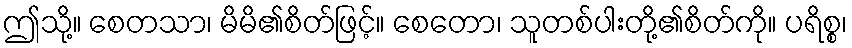
ဤသို့။ စေတသာ၊ မိမိ၏စိတ်ဖြင့်။ စေတော၊ သူတစ်ပါးတို့၏စိတ်ကို။ ပရိစ္စ၊